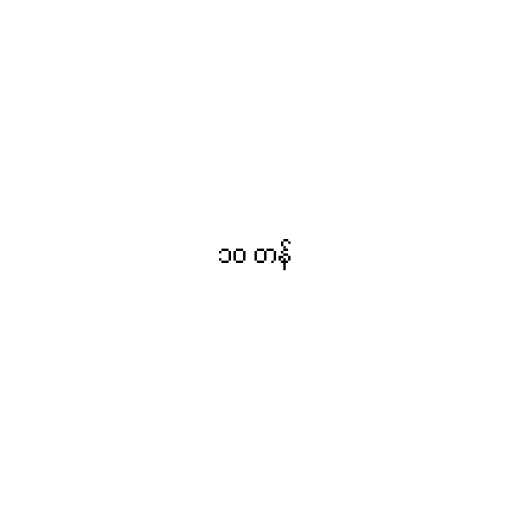
၁၀ တန်